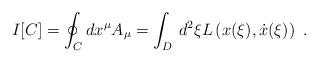
LaTeX: \begin{align*}I[C]=\oint_C dx^\mu A_\mu=\int_D\, d^2{\xi} L\left(x({\xi}),\dot x({\xi})\right)\ .\end{align*}